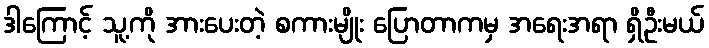
ဒါကြောင့် သူ့ကို အားပေးတဲ့ စကားမျိုး ပြောတာကမှ အရေးအရာ ရှိဦးမယ်